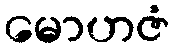
မောဟဇံ